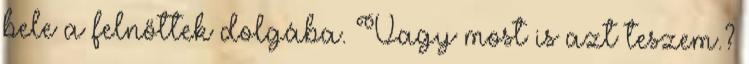
bele a felnőttek dolgába. Vagy most is azt teszem.?